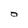
Character: O